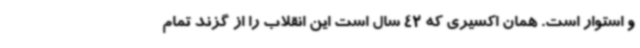
و استوار است. همان اکسیری که 42 سال است این انقلاب را از گزند تمام